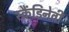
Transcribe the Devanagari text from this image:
स्कैंडिनेवी